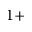
1 +